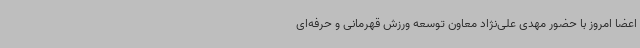
اعضا امروز با حضور مهدی علی‌نژاد معاون توسعه ورزش قهرمانی و حرفه‌ای